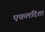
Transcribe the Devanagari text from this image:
एकलदिशा